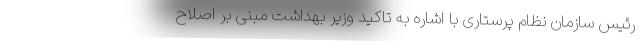
رئیس سازمان نظام پرستاری با اشاره به تاکید وزیر بهداشت مبنی بر اصلاح